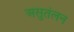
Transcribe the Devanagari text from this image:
असुतंलन